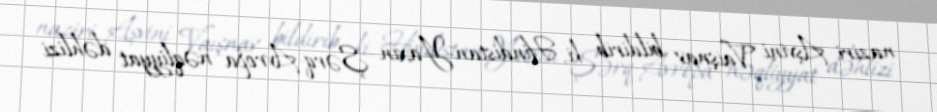
naziri Aşvini Vaişnav bildirib ki, Hindistan-Yaxın Şərq-Avropa nəqliyyat dəhlizi